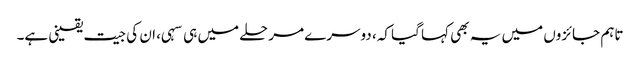
تاہم جائزوں میں یہ بھی کہا گیا کہ، دوسرے مرحلے میں ہی سہی، ان کی جیت یقینی ہے۔